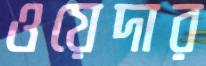
ওয়েদার